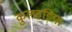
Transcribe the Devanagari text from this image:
कुलहड़िया